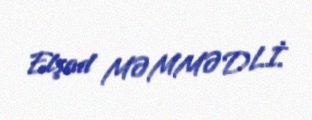
Elşad MƏMMƏDLİ.